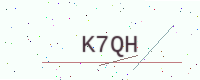
Text: K7QH